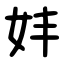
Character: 妦